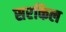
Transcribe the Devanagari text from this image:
सरकिल